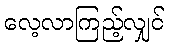
လေ့လာကြည့်လျှင်